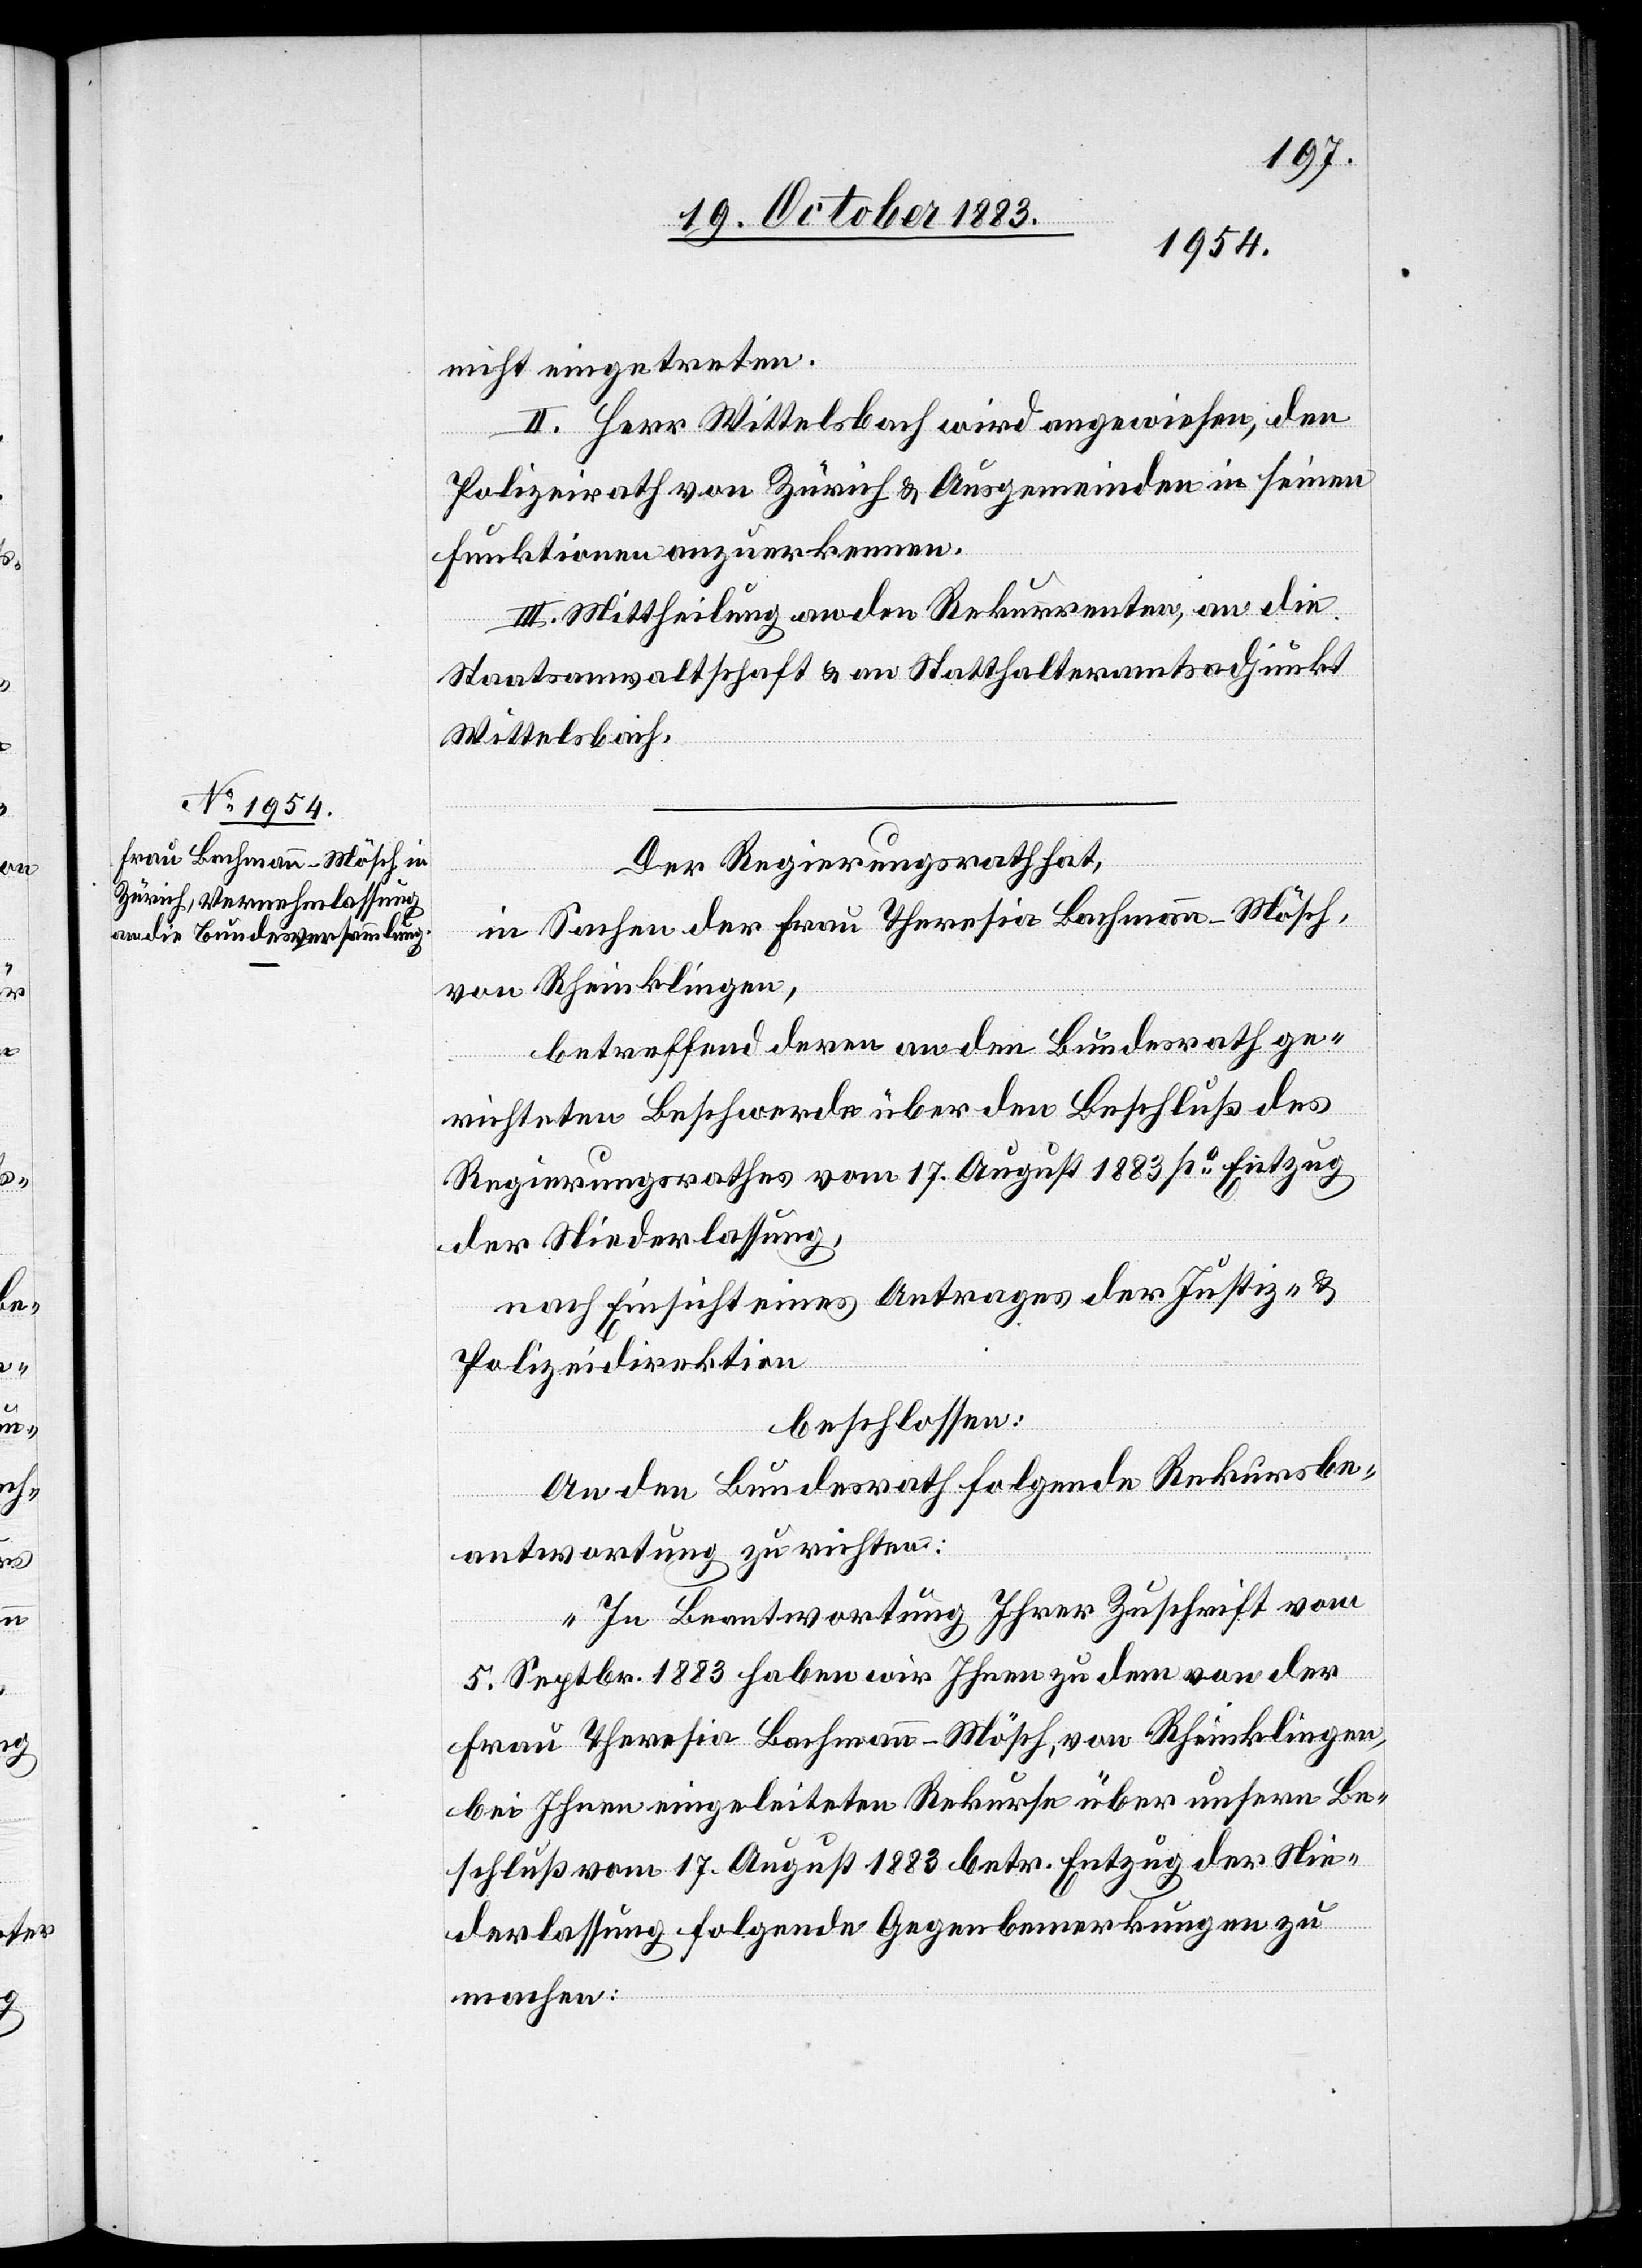
Der Regierungsrath hat,
in Sachen der Frau Theresia Bachmann-Mösch,
von Rheinklingen,
betreffend deren an den Bundesrath ge¬
richteten Beschwerde über den Beschluß des
Regierungsrathes vom 17. August 1883 po Entzug
der Niederlassung,
nach Einsicht eines Antrages der Justiz- &
Polizeidirektion
beschlossen:
An den Bundesrath folgende Rekursbe¬
antwortung zu richten:
„In Beantwortung Ihrer Zuschrift vom
5. Septbr. 1883 haben wir Ihnen zu dem von der
Frau Theresia Bachmann-Mösch, von Rheinklingen,
bei Ihnen eigeleiteten Rekurse über unsern Be¬
schluß vom 17. August 1883 betr. Entzug der Nie¬
derlassung folgende Gegenbemerkungen zu
machen: